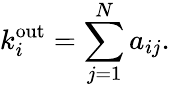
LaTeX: k_{i}^{\mathrm{{\mathrm{out}}}}=\sum_{j=1}^{N}a_{ij}.